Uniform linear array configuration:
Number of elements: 8
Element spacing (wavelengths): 0.75
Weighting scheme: blackman
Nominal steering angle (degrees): -30
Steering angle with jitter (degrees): -31.848
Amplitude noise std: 0.05
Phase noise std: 0.05

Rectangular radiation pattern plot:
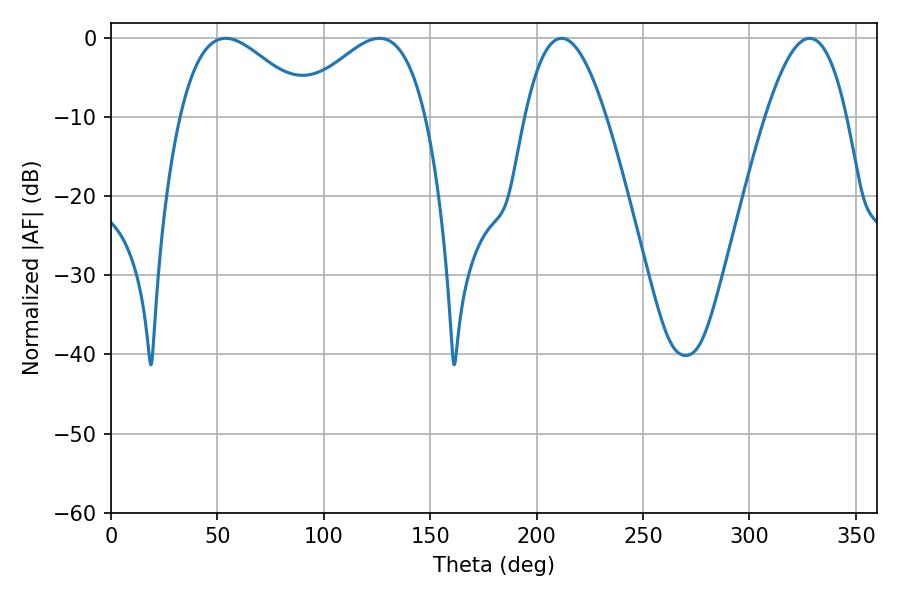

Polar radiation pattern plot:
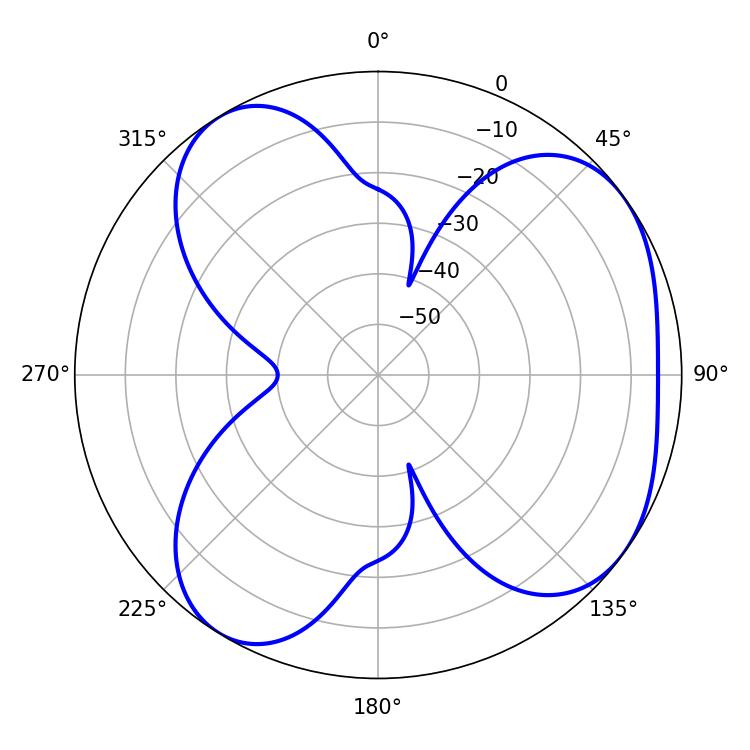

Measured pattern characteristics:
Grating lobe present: TRUE
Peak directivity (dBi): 5.137
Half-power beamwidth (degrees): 33.3
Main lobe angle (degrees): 126.18